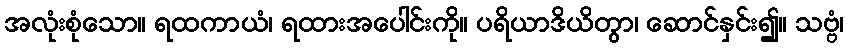
အလုံးစုံသော။ ရထကာယံ၊ ရထားအပေါင်းကို။ ပရိယာဒိယိတွာ၊ ဆောင်နှင်း၍။ သဗ္ဗံ၊